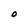
Character: O